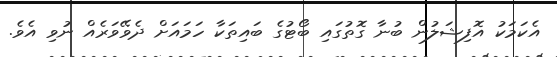
އެކަމަކު އޮފިޝަލުން ބުނާ ގޮތުގައި ބޯޓުގެ ބައިތަކާ ހަމައަށް ދެވޭވަރެއް ނުވި އެވެ.